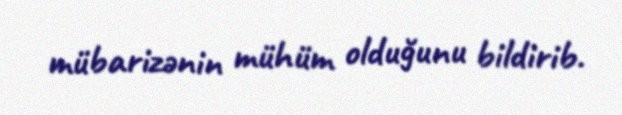
mübarizənin mühüm olduğunu bildirib.